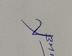
Signature authenticity: genuine